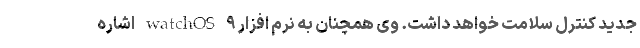
جدید کنترل سلامت خواهد داشت. وی همچنان به نرم افزار watchOS ۹ اشاره